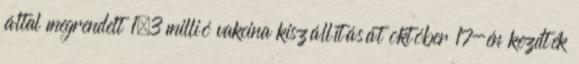
által megrendelt 1,3 millió vakcina kiszállítását október 17-én kezdték